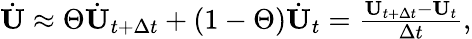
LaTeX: \begin{array}{r}{\dot{\mathbf U}\approx\Theta\dot{\mathbf U}_{t+\Delta t}+(1-\Theta)\dot{\mathbf U}_{t}=\frac{{\mathbf U}_{t+\Delta t}-\mathbf U_{t}}{\Delta t},}\end{array}